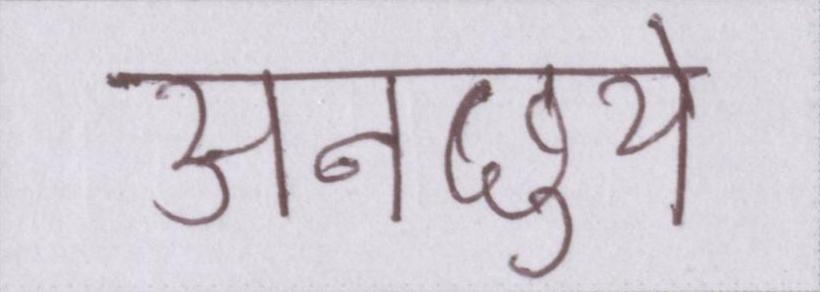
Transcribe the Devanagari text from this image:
अनछुये